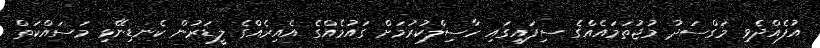
އުފެއްދެވި މަގްސަދު މުޖުތަމައެއްގެ ސިފައިގައި ހާސިލްކުރުމަށް ގައުމެއްގެ އެއިރެއްގެ ލީޑަރުން ކެނޑިނޭޅި މަސައްކަތް